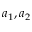
a _ { 1 } , a _ { 2 }